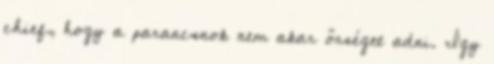
chief, hogy a parancsnok nem akar őrséget adni. Így